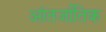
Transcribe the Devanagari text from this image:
आंतर्जातिक